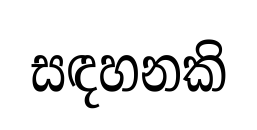
සඳහනකි